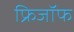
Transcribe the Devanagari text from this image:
फ्रिजॉफ